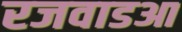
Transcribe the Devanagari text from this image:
रजवाडआ